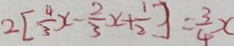
2 [ \frac { 4 } { 3 } x - \frac { 2 } { 3 } x + \frac { 1 } { 2 } ] = \frac { 3 } { 4 } x